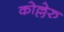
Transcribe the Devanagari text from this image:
कोल्लेरु